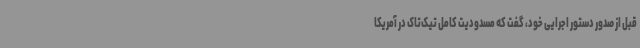
قبل از صدور دستور اجرایی خود، گفت که مسدودیت کامل تیک‌تاک در آمریکا